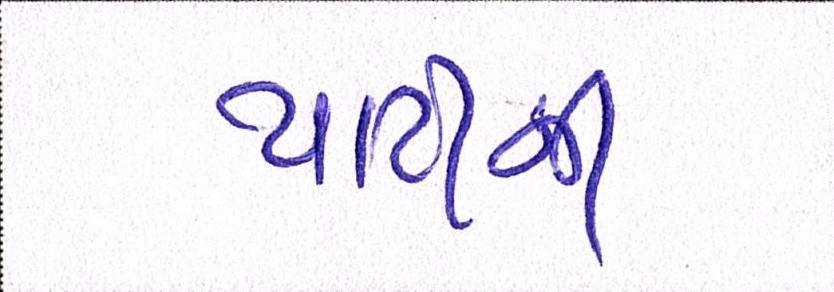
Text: પાર્ટીની